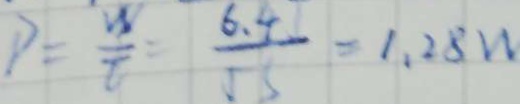
P = \frac { w } { t } = \frac { 6 . 4 } { 5 5 } = 1 . 2 8 w